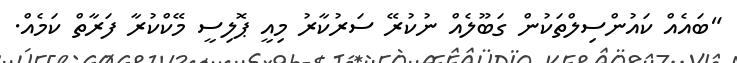
"ބައެއް ކައުންސިލްތަކުން ގަބޫލެއް ނުކުރޭ ސަރުކާރު މިއީ ޕޮލިސީ މޭކްކުރާ ފަރާތް ކަމެއް.